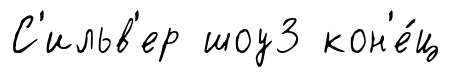
С'ильв'ер шоу3 кон'е́ц